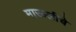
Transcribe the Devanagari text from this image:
माऊलीचे